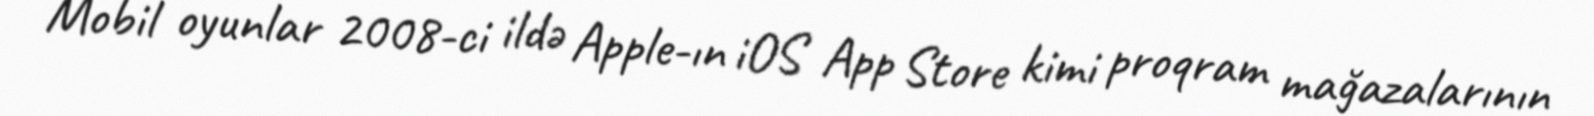
Mobil oyunlar 2008-ci ildə Apple-ın iOS App Store kimi proqram mağazalarının